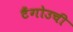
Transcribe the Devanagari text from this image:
टैंगोउची